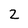
Character: 2